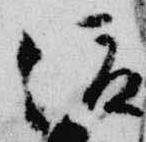
俊